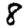
Digit: 8